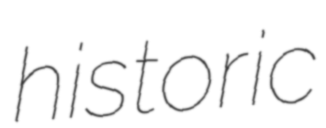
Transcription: historic